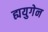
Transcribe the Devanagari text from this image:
ह्ययुगेन